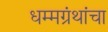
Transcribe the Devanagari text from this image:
धम्मग्रंथांचा